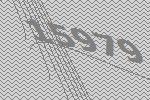
15979